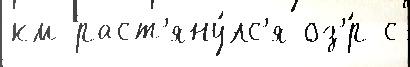
км раст'яну́лс'я оз'́р с